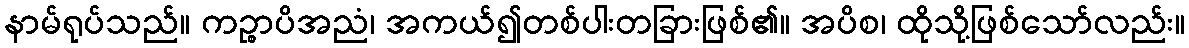
နာမ်ရုပ်သည်။ ကဉ္စာပိအညံ၊ အကယ်၍တစ်ပါးတခြားဖြစ်၏။ အပိစ၊ ထိုသို့ဖြစ်သော်လည်း။